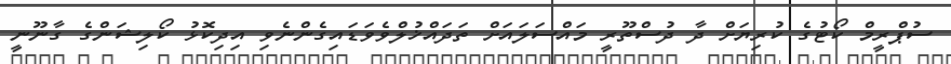
ސުޕްރީމް ކޯޓުގެ ކުރިޔަށް ދާ ދުސްތޫރީ މައްސަލައަށް ތަދައްޚުލްވެވަޑައިގެންނެވި އިދިކޮޅު ކޯލިޝަންގެ ގާނޫނީ